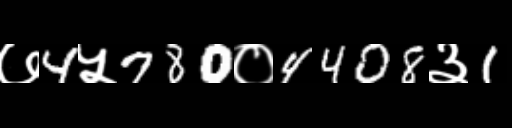
Text: ७4५780०4408३1